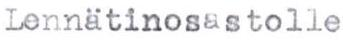
Lennätinosastolle